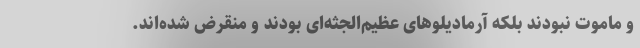
و ماموت نبودند بلکه آرمادیلوهای عظیم‌الجثه‌ای بودند و منقرض شده‌اند.